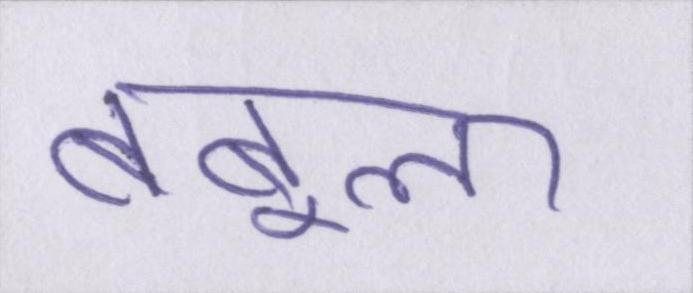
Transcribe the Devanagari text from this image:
बबूला